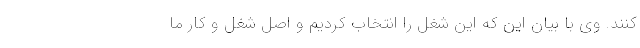
کنند. وی با بیان این که این شغل را انتخاب کردیم و اصل شغل و کار ما